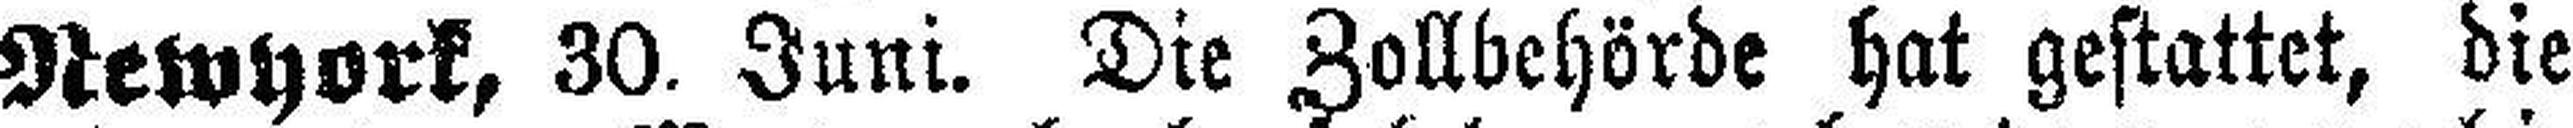
Newyork, 30. Juni. Die Zollbehörde hat gestattet, die